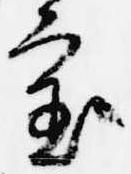
審